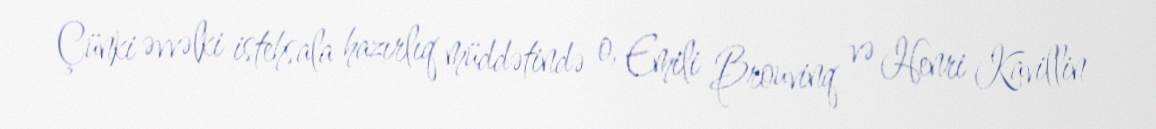
Çünki əvvəlki istehsala hazırlıq müddətində o, Emili Brouvinq və Henri Kavillin